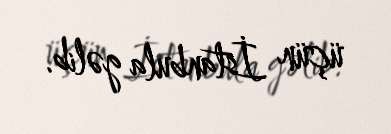
üçün İstanbula gəlib.